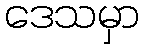
ဒေသမှာ